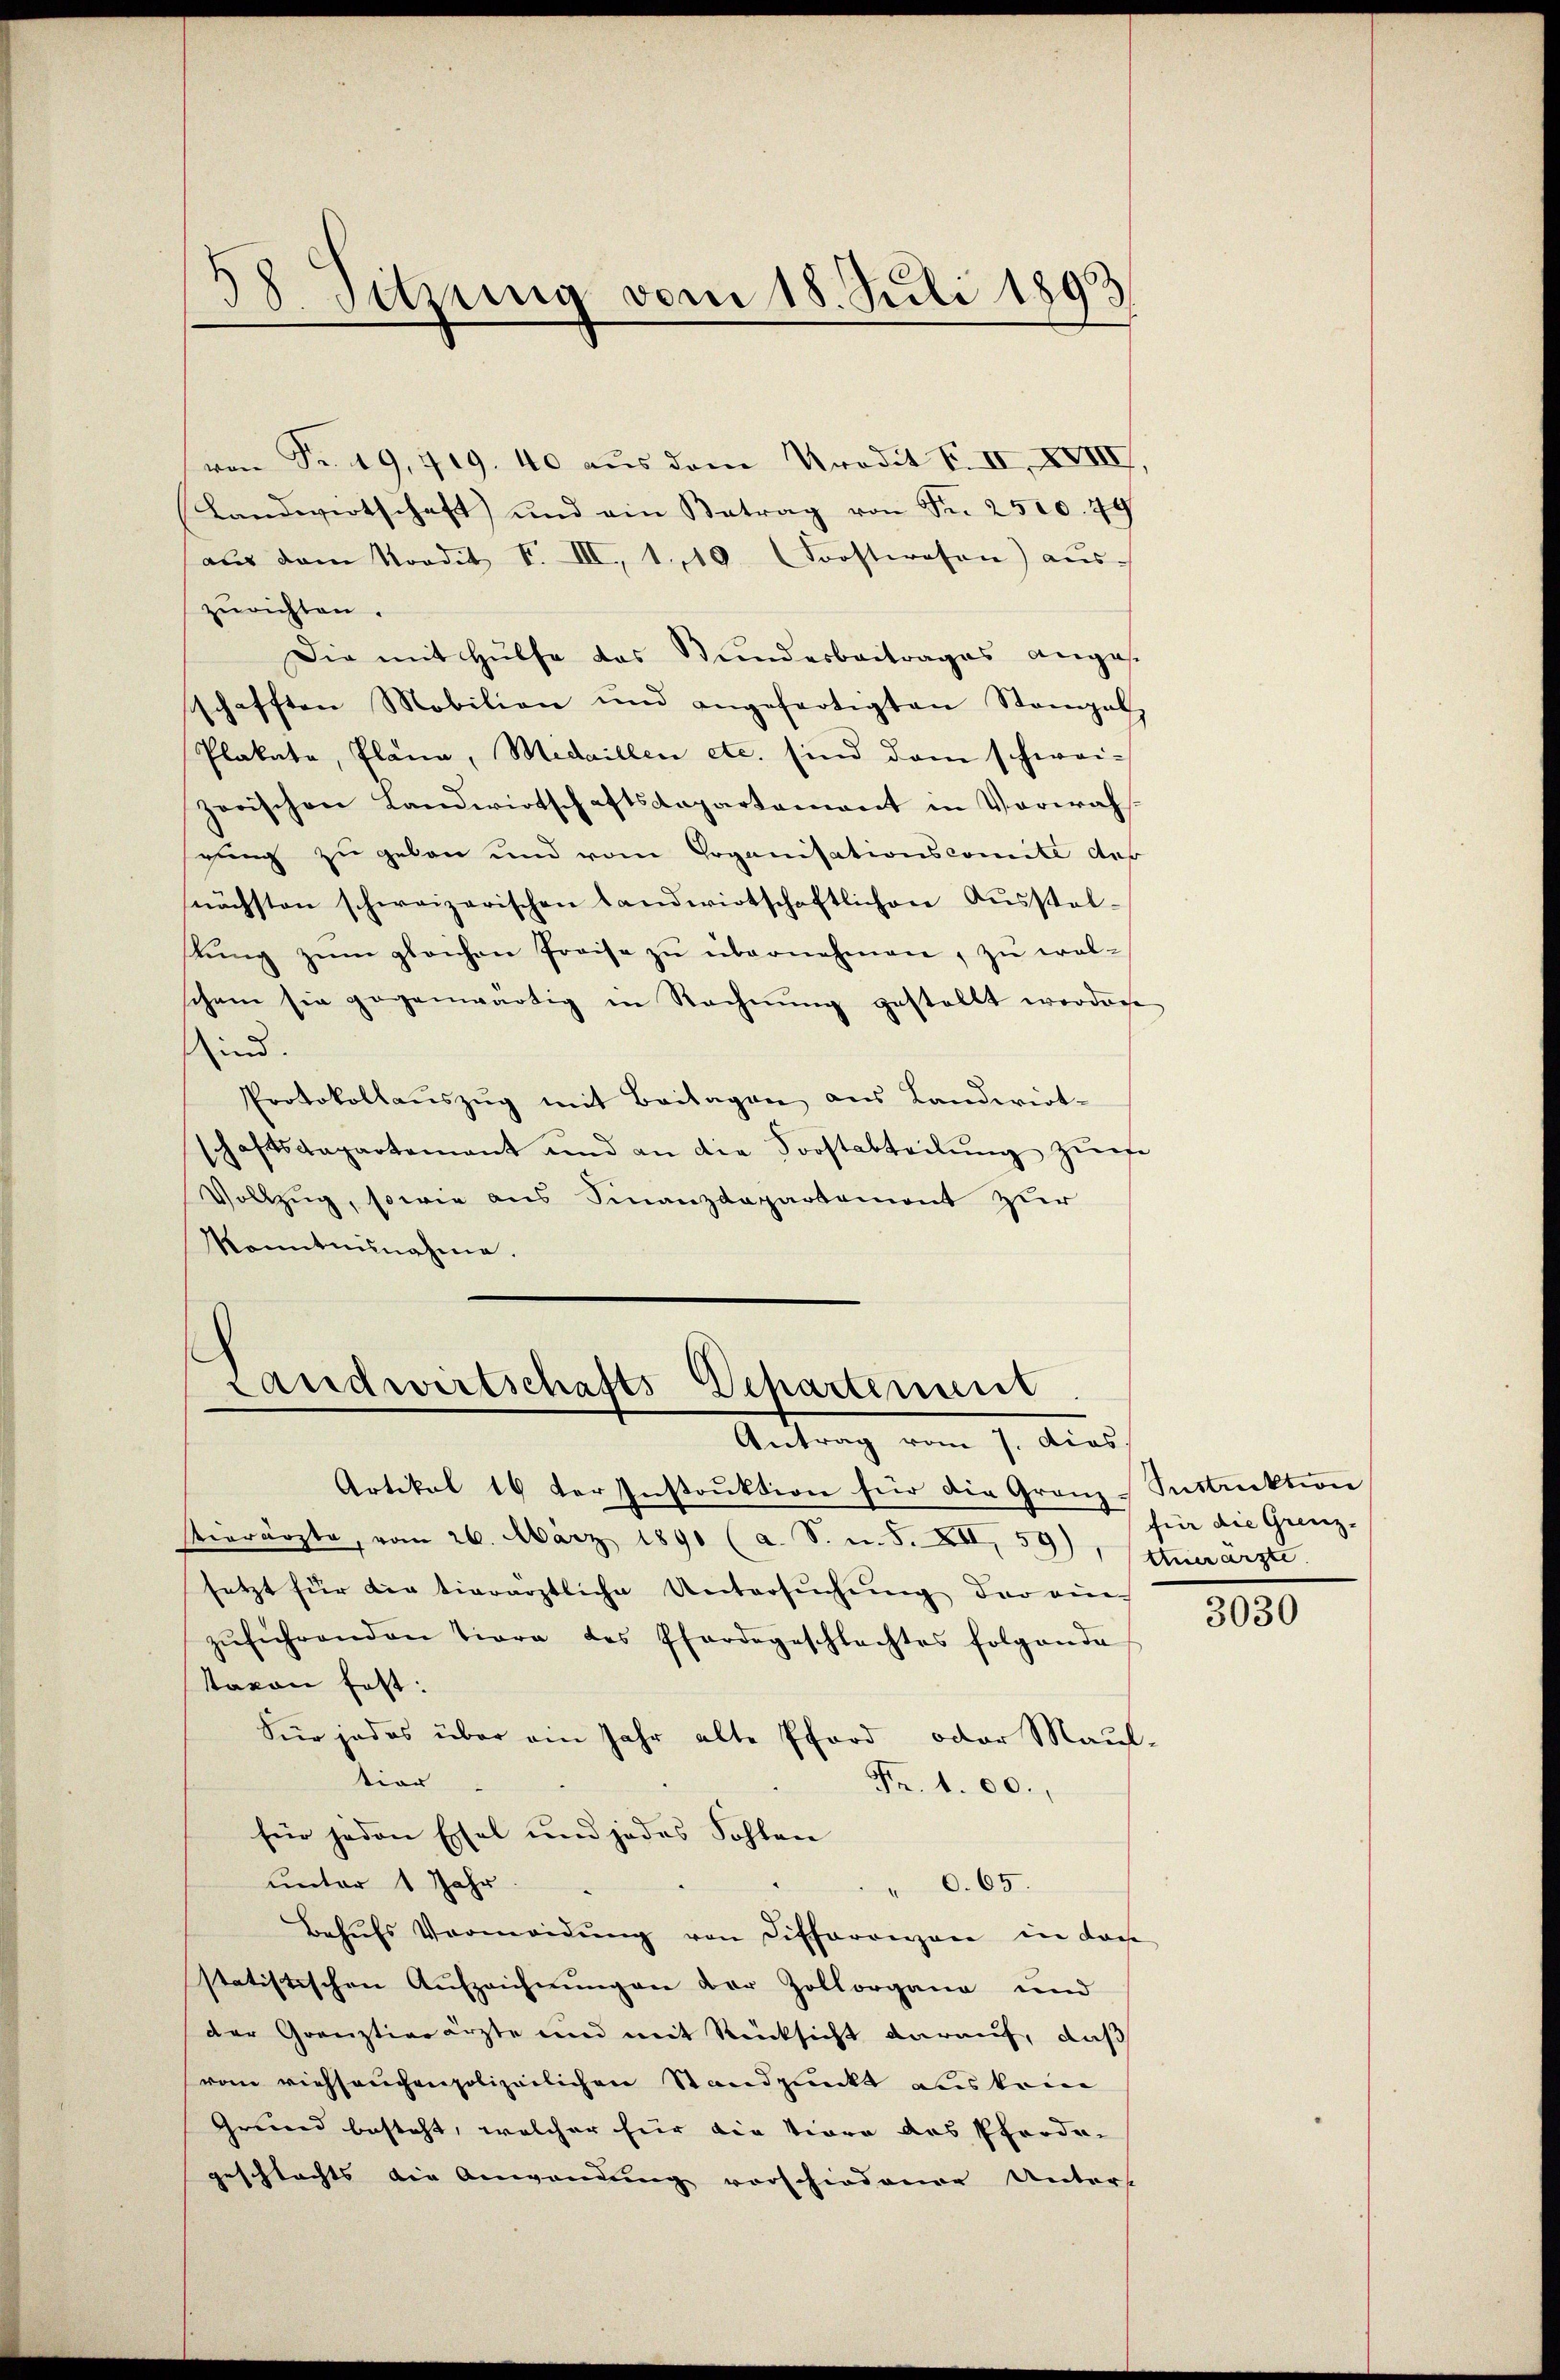
von Fr. 49, 419. 40 aus dem Kredit F. II, XVIII.
Landwirtschaft) und ein Betrag von Fr. 2500. 49
aŭs dem Nordit I. III, 1.10. Forstwesen) aŭs-
zurichten.
Die mit Hülfe das Bundesbeitrages angesschafften Mobilien und angefertigten Stangel
Plakata, Plana, Medaillen etc. sind dem schwei-
zerischen Landwirtschaftsdepartement in Vorerähgung zu geben und vom Goganisationscomite des
nächsten schweizerischen Landwirtschaftlichen Aŭsstel-
tŭng zŭm gleichen Preise zŭ übernehmen, zu wolschein sie gegenwärtig in Rechnŭng gestellt werden
sind.
Protokollaŭszŭg mit Beilagen aus Landwirt-
schaftsdepartement und an die Forstabteilŭng zufe
Vollzug, sowie aus Finanzdepartemont zur
konntennahme.

58. Sitzung vom 18. Juli 1893

Landwirtschafts-Departement
Antrag vom 7. dies

Artikel 16 der Instrŭktion für die Gram-Instrektion
sterrärzte, vom 26. März 1890 (a. S. u. S. XII, 59), ttuerärzte.
setzt für die tierärztliche Untersuchung der einen
zŭführenden Tiera des Pfardegeschlachtes folgende
tavon fest:
Für indes über ein Jahr alte Pford oder Maul-
dien
Fr. 100.,
für jeden Esel und jedes Sohlen
unter 1 Jahr.
" 0. 65.
Behŭfs Vermeidŭng von Differenzen in doch
statistischen Aufzeichnungen der Zollorgane und
der Grauztierärzte und mit Rücksicht darauf, daß
vom viehseuchenpolizeilichen Standpunkt aus kei
Grund besteht, welcher hier die tiore des Pferde
geschlachts die Anwendung vorschiedenen Unters

für die Grenz-

3030